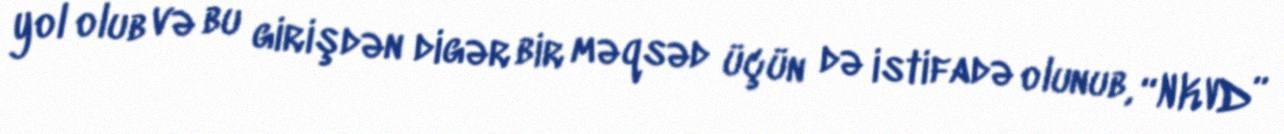
yol olub və bu girişdən digər bir məqsəd üçün də istifadə olunub, “NKVD”